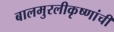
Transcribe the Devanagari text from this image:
बालमुरलीकृष्णांची